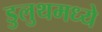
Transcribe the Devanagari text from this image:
डुलुथमध्ये